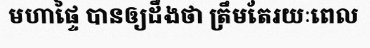
មហាផ្ទៃ បានឲ្យដឹងថា ត្រឹមតែរយៈពេល